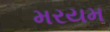
મરયમ